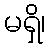
မရှိ၊